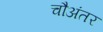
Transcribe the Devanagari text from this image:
चौअंतर